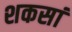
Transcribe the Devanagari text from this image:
शकसां